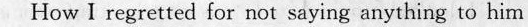
How I regrened for rot seying anything to him